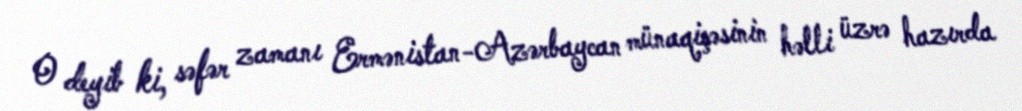
O deyib ki, səfər zamanı Ermənistan-Azərbaycan münaqişəsinin həlli üzrə hazırda